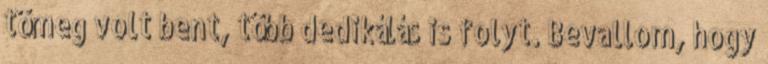
tömeg volt bent, több dedikálás is folyt. Bevallom, hogy